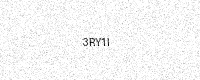
Text: 3RY1I